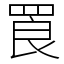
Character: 䍚